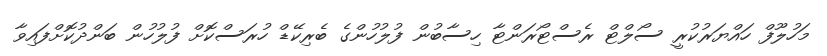
މަހުލޫފް ހައްޔަރުކުރީ ސޯލްޓް ރެސްޓޯރަންޓާ ހިސާބުން ފުލުހުންގެ ބެރިކޭޑް ހުރަސްކޮށް ފުލުހުން ބަންދުކޮށްފައިވާ